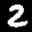
Label: 2